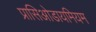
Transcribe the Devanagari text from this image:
प्रासिओडायमियम